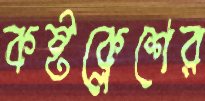
কষ্টক্লেশের